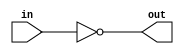
module invertor(
  input wire in,

  output wire out
);

assign out = ~in;

endmodule